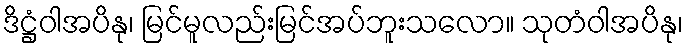
ဒိဋ္ဌံဝါအပိနု၊ မြင်မူလည်းမြင်အပ်ဘူးသလော။ သုတံဝါအပိနု၊